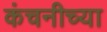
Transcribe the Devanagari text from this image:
कंचनीच्या